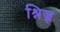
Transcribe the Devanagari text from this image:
श्निज़्र